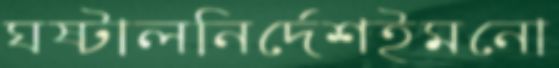
ঘষ্‌টালনির্দেশইমনো